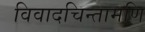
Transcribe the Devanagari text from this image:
विवादचिन्तामणि